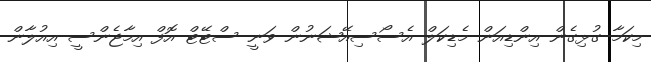
މިކަމާ ގުޅިގެން އިންޑިއަން މެޑިކަލް އެސޯސިއޭޝަނުން ވަނީ ސްޓޭޓް އޮފް އިމާޖެންސީ އިއުލާން